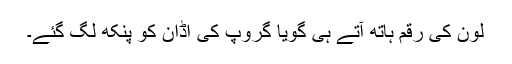
لون کی رقم ہاتھ آتے ہی گویا گروپ کی اڈان کو پنکھ لگ گئے۔